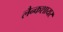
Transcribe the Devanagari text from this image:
लैन्कशायर